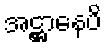
အဋ္ဌာနေပိ